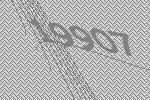
19907